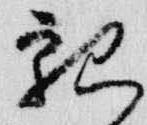
親